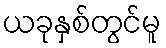
ယခုနှစ်တွင်မူ